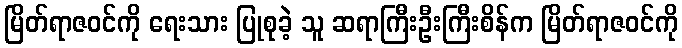
မြိတ်ရာဇဝင်ကို ရေးသား ပြုစုခဲ့ သူ ဆရာကြီးဦးကြီးစိန်က မြိတ်ရာဇဝင်ကို